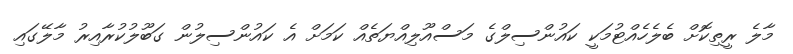
މާލެ ރީތިކޮށް ބެލެހެއްޓުމަކީ ކައުންސިލްގެ މަސްއޫލިއްޔަތެއް ކަމަށް އެ ކައުންސިލުން ގަބޫލުކުރާއިރު މާލޭގައި